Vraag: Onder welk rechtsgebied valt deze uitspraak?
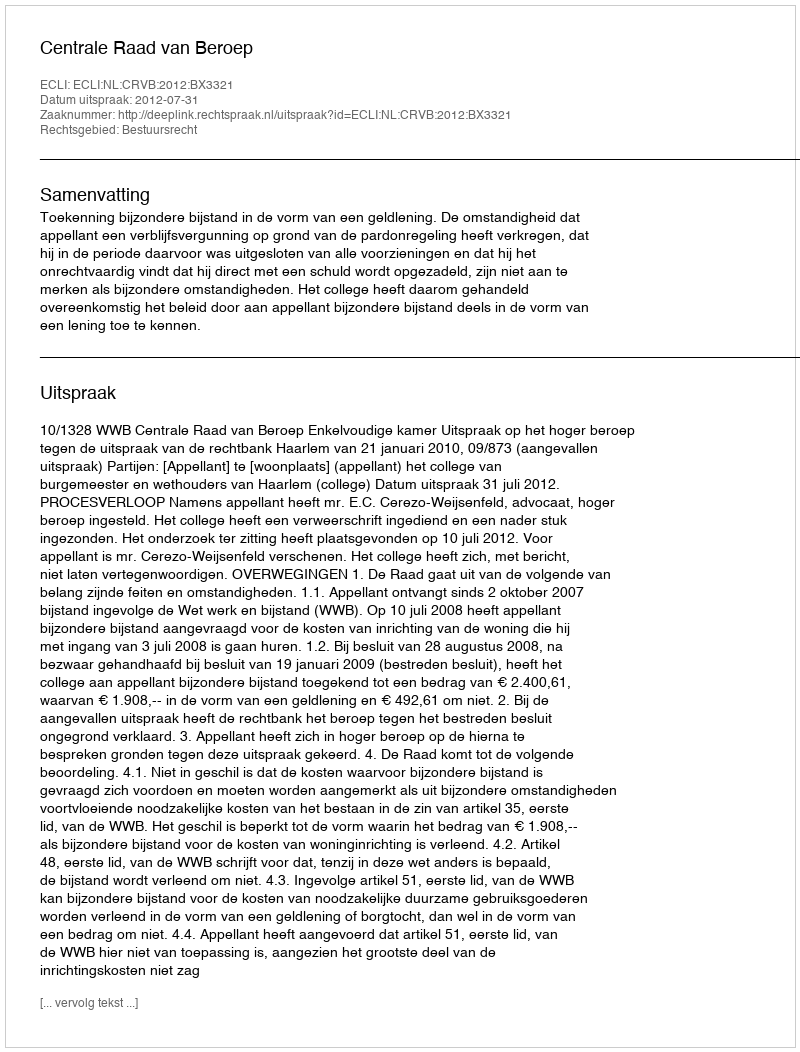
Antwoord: Bestuursrecht